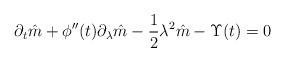
LaTeX: \begin{align*}\partial_t \hat{m} +\phi''(t)\partial_{\lambda} \hat{m} -\frac{1}{2} \lambda^2 \hat{m} - \Upsilon(t)=0\end{align*}